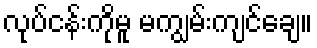
လုပ်ငန်းကိုမူ မကျွမ်းကျင်ချေ။